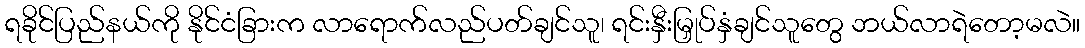
ရခိုင်ပြည်နယ်ကို နိုင်ငံခြားက လာရောက်လည်ပတ်ချင်သူ၊ ရင်းနှီးမြှုပ်နှံချင်သူတွေ ဘယ်လာရဲတော့မလဲ။